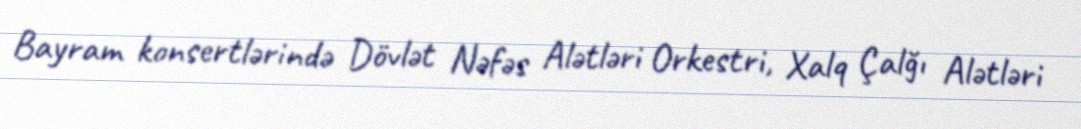
Bayram konsertlərində Dövlət Nəfəs Alətləri Orkestri, Xalq Çalğı Alətləri